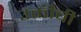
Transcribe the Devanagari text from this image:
उक्तीची